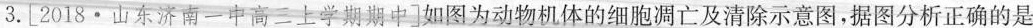
3.[2018·山东济南一中高三上学期期中]如图为动物机体的细胞凋亡及清除示意图，据图分析正确的是